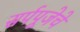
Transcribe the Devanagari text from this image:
सर्पपूजेचे